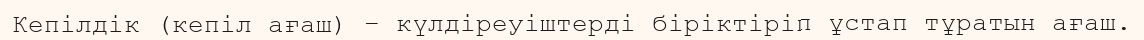
Кепілдік (кепіл ағаш) – күлдіреуіштерді біріктіріп ұстап тұратын ағаш.